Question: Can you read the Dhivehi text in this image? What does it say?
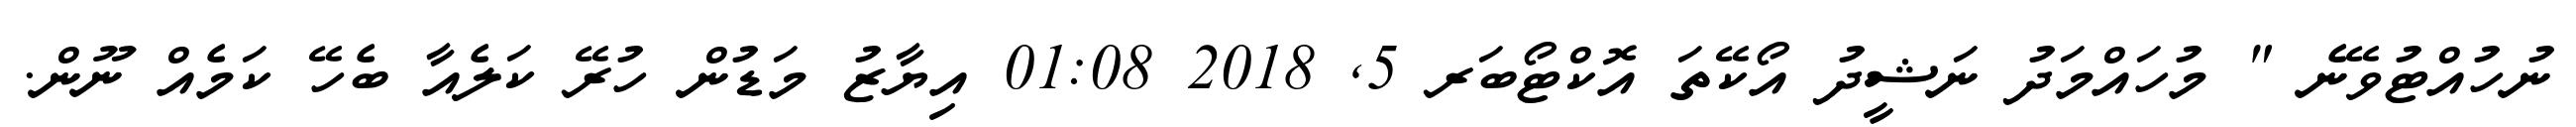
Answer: ނުހުއްޓުވޭނެ " މުހައްމަދު ނަޝީދު އޯކޭތަ އޮކްޓޯބަރ 5, 2018 01:08 އިޔާޒު މަޑުން ހުރޭ ކަލެއާ ބެހޭ ކަމެއް ނޫން.